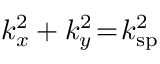
k _ { x } ^ { 2 } + k _ { y } ^ { 2 } \! = \! k _ { \mathrm { s p } } ^ { 2 }